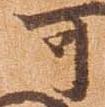
可